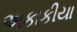
અકાકીયા